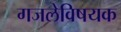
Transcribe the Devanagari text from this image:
गजलेविषयक